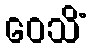
ဝေသိံ